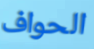
الحواف